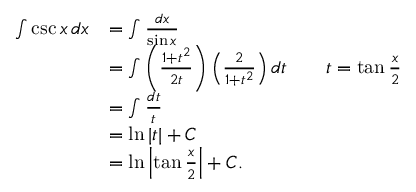
{ \begin{array} { r l r l } { \int \csc x \, d x } & { = \int { \frac { d x } { \sin x } } } \\ & { = \int \left( { \frac { 1 + t ^ { 2 } } { 2 t } } \right) \left( { \frac { 2 } { 1 + t ^ { 2 } } } \right) d t } & & { t = \tan { \frac { x } { 2 } } } \\ & { = \int { \frac { d t } { t } } } \\ & { = \ln | t | + C } \\ & { = \ln \left| \tan { \frac { x } { 2 } } \right| + C . } \end{array} }